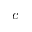
c